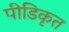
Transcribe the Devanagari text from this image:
पीडिकृत